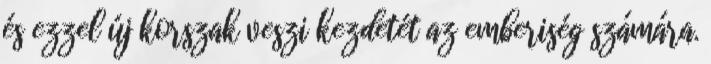
és ezzel új korszak veszi kezdetét az emberiség számára.